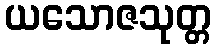
ယသောဇသုတ္တ